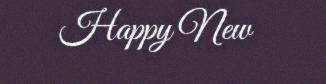
Happy New